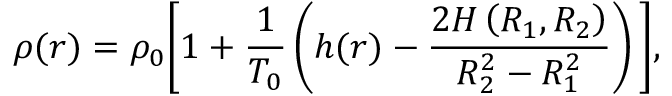
\rho ( r ) = \rho _ { 0 } \bigg [ 1 + \frac { 1 } { T _ { 0 } } \left( h ( r ) - \frac { 2 H \left( R _ { 1 } , R _ { 2 } \right) } { R _ { 2 } ^ { 2 } - R _ { 1 } ^ { 2 } } \right) \bigg ] ,